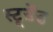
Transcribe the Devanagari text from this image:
स्टूडेंड